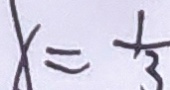
x = \frac { 1 } { 3 }